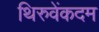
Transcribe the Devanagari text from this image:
थिरुवेंकदम